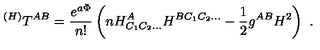
^ { ( H ) } T ^ { A B } = { \frac { e ^ { a \Phi } } { n ! } } \left( n H _ { C _ { 1 } C _ { 2 } \ldots } ^ { A } H ^ { B C _ { 1 } C _ { 2 } \ldots } - { \frac { 1 } { 2 } } g ^ { A B } H ^ { 2 } \right) \ .